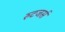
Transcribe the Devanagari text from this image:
रुटजर्स